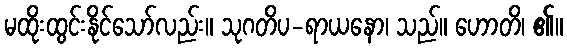
မထိုးထွင်းနိုင်သော်လည်း။ သုဂတိပ-ရာယနော၊ သည်။ ဟောတိ၊ ၏။